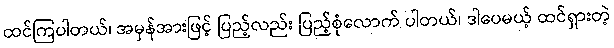
ထင်ကြပါတယ်၊ အမှန်အားဖြင့် ပြည့်လည်း ပြည့်စုံလောက် ပါတယ်၊ ဒါပေမယ့် ထင်ရှားတဲ့